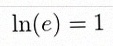
\ln(e)=1